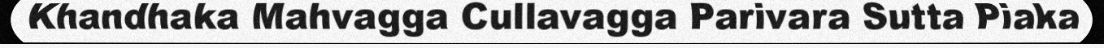
Khandhaka Mahvagga Cullavagga Parivara Sutta Piaka